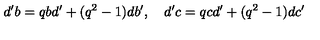
d ^ { \prime } b = q b d ^ { \prime } + ( q ^ { 2 } - 1 ) d b ^ { \prime } , \quad d ^ { \prime } c = q c d ^ { \prime } + ( q ^ { 2 } - 1 ) d c ^ { \prime }